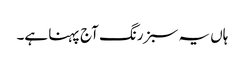
ہاں یہ سبز رنگ آج پہنا ہے۔